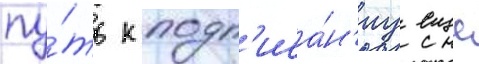
пу́ть к подп'иса́н'иу еще